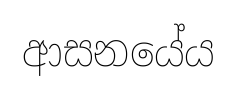
ආසනයේය